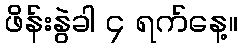
ဖိန်းနွဲခါ ၄ ရက်နေ့။